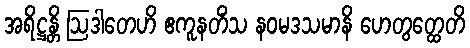
အရိဋ္ဌန္တိ ဩဒါတေဟိ ဧကူနတိံသ နဝမဒသမာနိ ဟေတွတ္ထေတိ